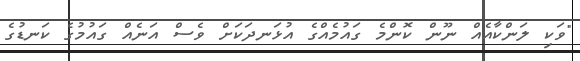
"ވަކި ލަންކާއެއް ނޫން ކޮންމެ ގައުމެއްގެ އުޅަނދަކަށް ވެސް އަނެއް ގައުމުގެ ކަނޑުގެ